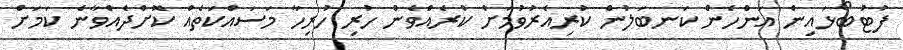
ފުޓުބޯޅައިން އަންހެން ކަނބަލުން ކުރިއެރުވުމަށް ކުރެއްވެން ހުރި ހުރިހާ މަސައްކަތެއް ކޮށްދެއްވާނެ ކަމަށް